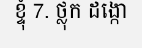
ខ្ទុំ 7. ថ្លុក ដង្កោ